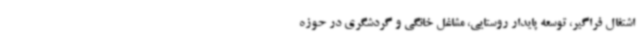
اشتغال فراگیر، توسعه پایدار روستایی، مشاغل خانگی و گردشگری در حوزه